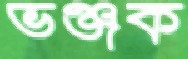
ভঞ্জক